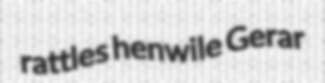
rattles henwile Gerar